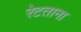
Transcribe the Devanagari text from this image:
रेटताना